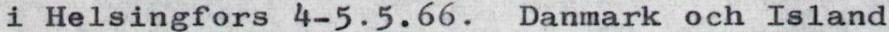
i Helsingfors 4-5.5.66. Danmark och Island